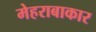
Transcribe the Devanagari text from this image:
मेहराबाकार